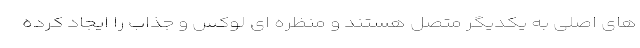
های اصلی به یکدیگر متصل هستند و منظره ای لوکس و جذاب را ایجاد کرده